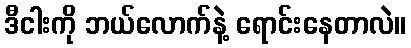
ဒီငါးကို ဘယ်လောက်နဲ့ ရောင်းနေတာလဲ။